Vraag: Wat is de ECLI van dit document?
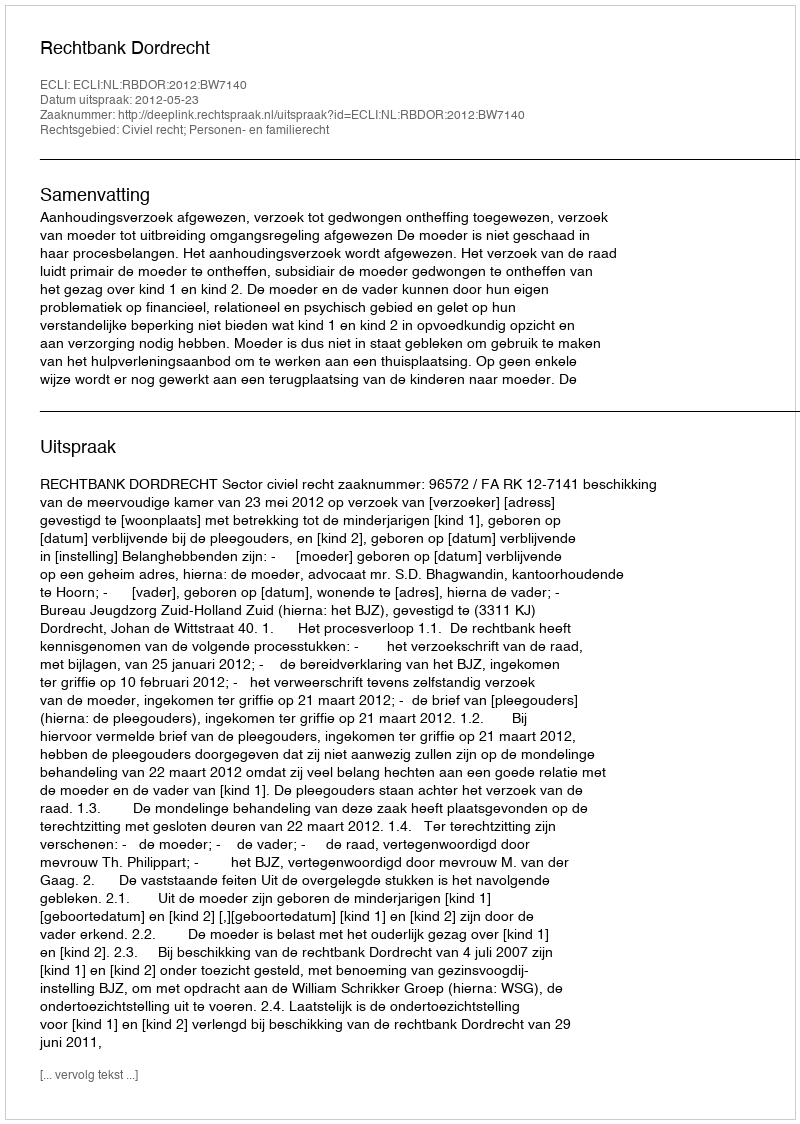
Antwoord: ECLI:NL:RBDOR:2012:BW7140